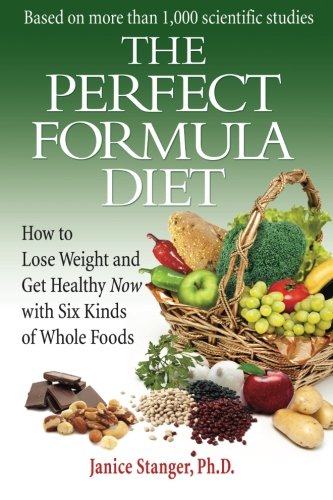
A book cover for The Perfect Formula Diet: How To Lose Weight and Get Healthy Now With Six Kinds of Whole Foods; Janice Stanger; Cookbooks, Food & Wine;